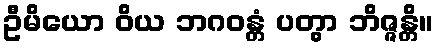
ဦမိယော ဝိယ ဘဂဝန္တံ ပတွာ ဘိဇ္ဇန္တိ။